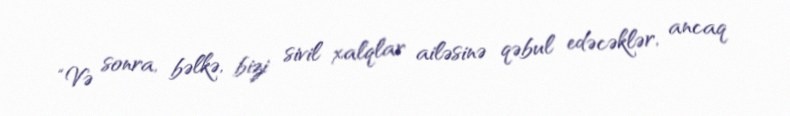
“Və sonra, bəlkə, bizi sivil xalqlar ailəsinə qəbul edəcəklər, ancaq